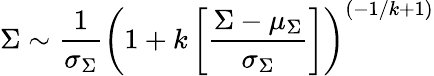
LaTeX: \Sigma\sim\frac{1}{\sigma_{\Sigma}}\left(1+k\left[\frac{\Sigma-\mu_{\Sigma}}{\sigma_{\Sigma}}\right]\right)^{(-1/k+1)}